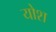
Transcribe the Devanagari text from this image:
योश